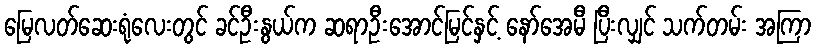
မြေလတ်ဆေးရုံလေးတွင် ခင်ဦးနွယ်က ဆရာဦးအောင်မြင်နှင့် နော်အေမီ ပြီးလျှင် သက်တမ်း အကြာ